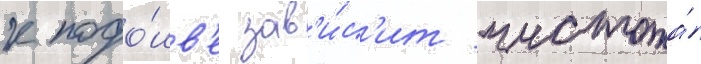
к подо́шв'е зав'и́с'ит чистота́